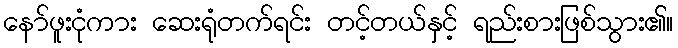
နော်ဖူးငုံကား ဆေးရုံတက်ရင်း တင့်တယ်နှင့် ရည်းစားဖြစ်သွား၏။